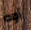
أوه